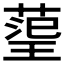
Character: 𭹬